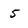
Character: 5